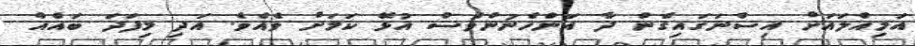
އަމިއްލައަށް އިސްނަގައިގެން ދާ އަންހެނުންވެސް އުޅޭ ކަމަށް ވެއެވެ. އަދި މިފަދަ ބައެއް